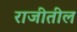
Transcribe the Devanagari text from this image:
राजीतील